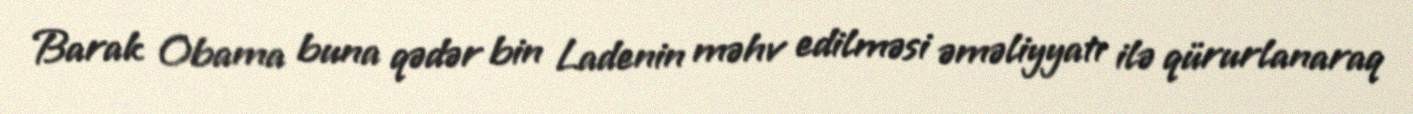
Barak Obama buna qədər bin Ladenin məhv edilməsi əməliyyatı ilə qürurlanaraq